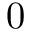
0